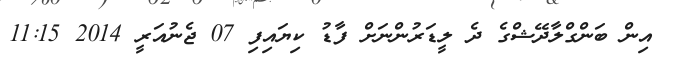
އިން ބަންގްލާދޭޝްގެ ދެ ލީޑަރުންނަށް ފާޑު ކިޔައިފި 07 ޖެނުއަރީ 2014 11:15